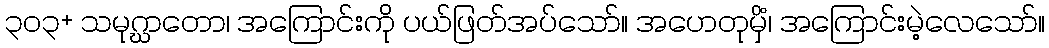
၃၀၃+ သမုဂ္ဃာတော၊ အကြောင်းကို ပယ်ဖြတ်အပ်သော်။ အဟေတုမှိံ၊ အကြောင်းမဲ့လေသော်။